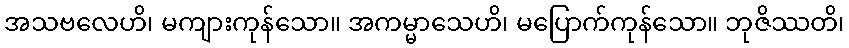
အသဗလေဟိ၊ မကျားကုန်သော။ အကမ္မာသေဟိ၊ မပြောက်ကုန်သော။ ဘုဇိဿတိ၊